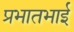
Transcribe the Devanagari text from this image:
प्रभातभाई